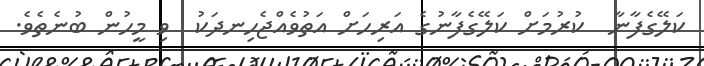
ކަލޭގެފާނާ  ކުރުމަށް ކަލޭގެފާނުގެ އަރިހަށް އަތުވެއްޖެހިނދަކު  ވި މީހުން ބުނެތެވެ.